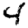
Digit: 4